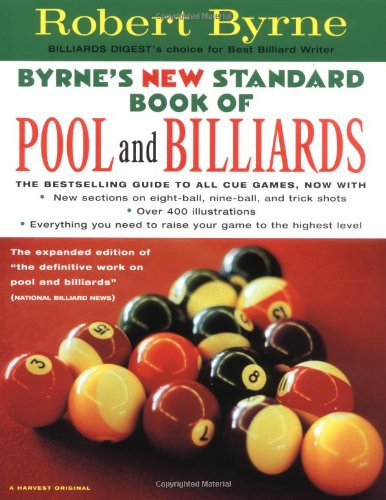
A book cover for Byrne's New Standard Book of Pool and Billiards; Robert Byrne; Sports & Outdoors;